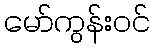
မော်ကွန်းဝင်